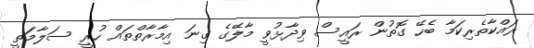
ރައްކާތެރިކަމާ ބެހޭ ގޮތުން ރައީސް ވިދާޅުވީ މާލޭގެ ގިނަ އިމާރާތްތައް ހުރީ ސަލާމަތީ